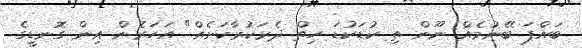
ބައްޕަ ބޭނުމެއް ނޫން ތި ކުޑަކުޑަ ހިތް ދެރަކުރާކަށެއް" އަހަރެން އިން ގޮނޑީގެ